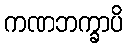
ကဏဘက္ခာပိ